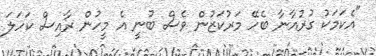
"އެކަމަކު ގުރުއާނާ ބެހޭ މަރުކަޒުން ވެސް ބުނީ އެ މީހުން ރާއިސް ކަހަލަ